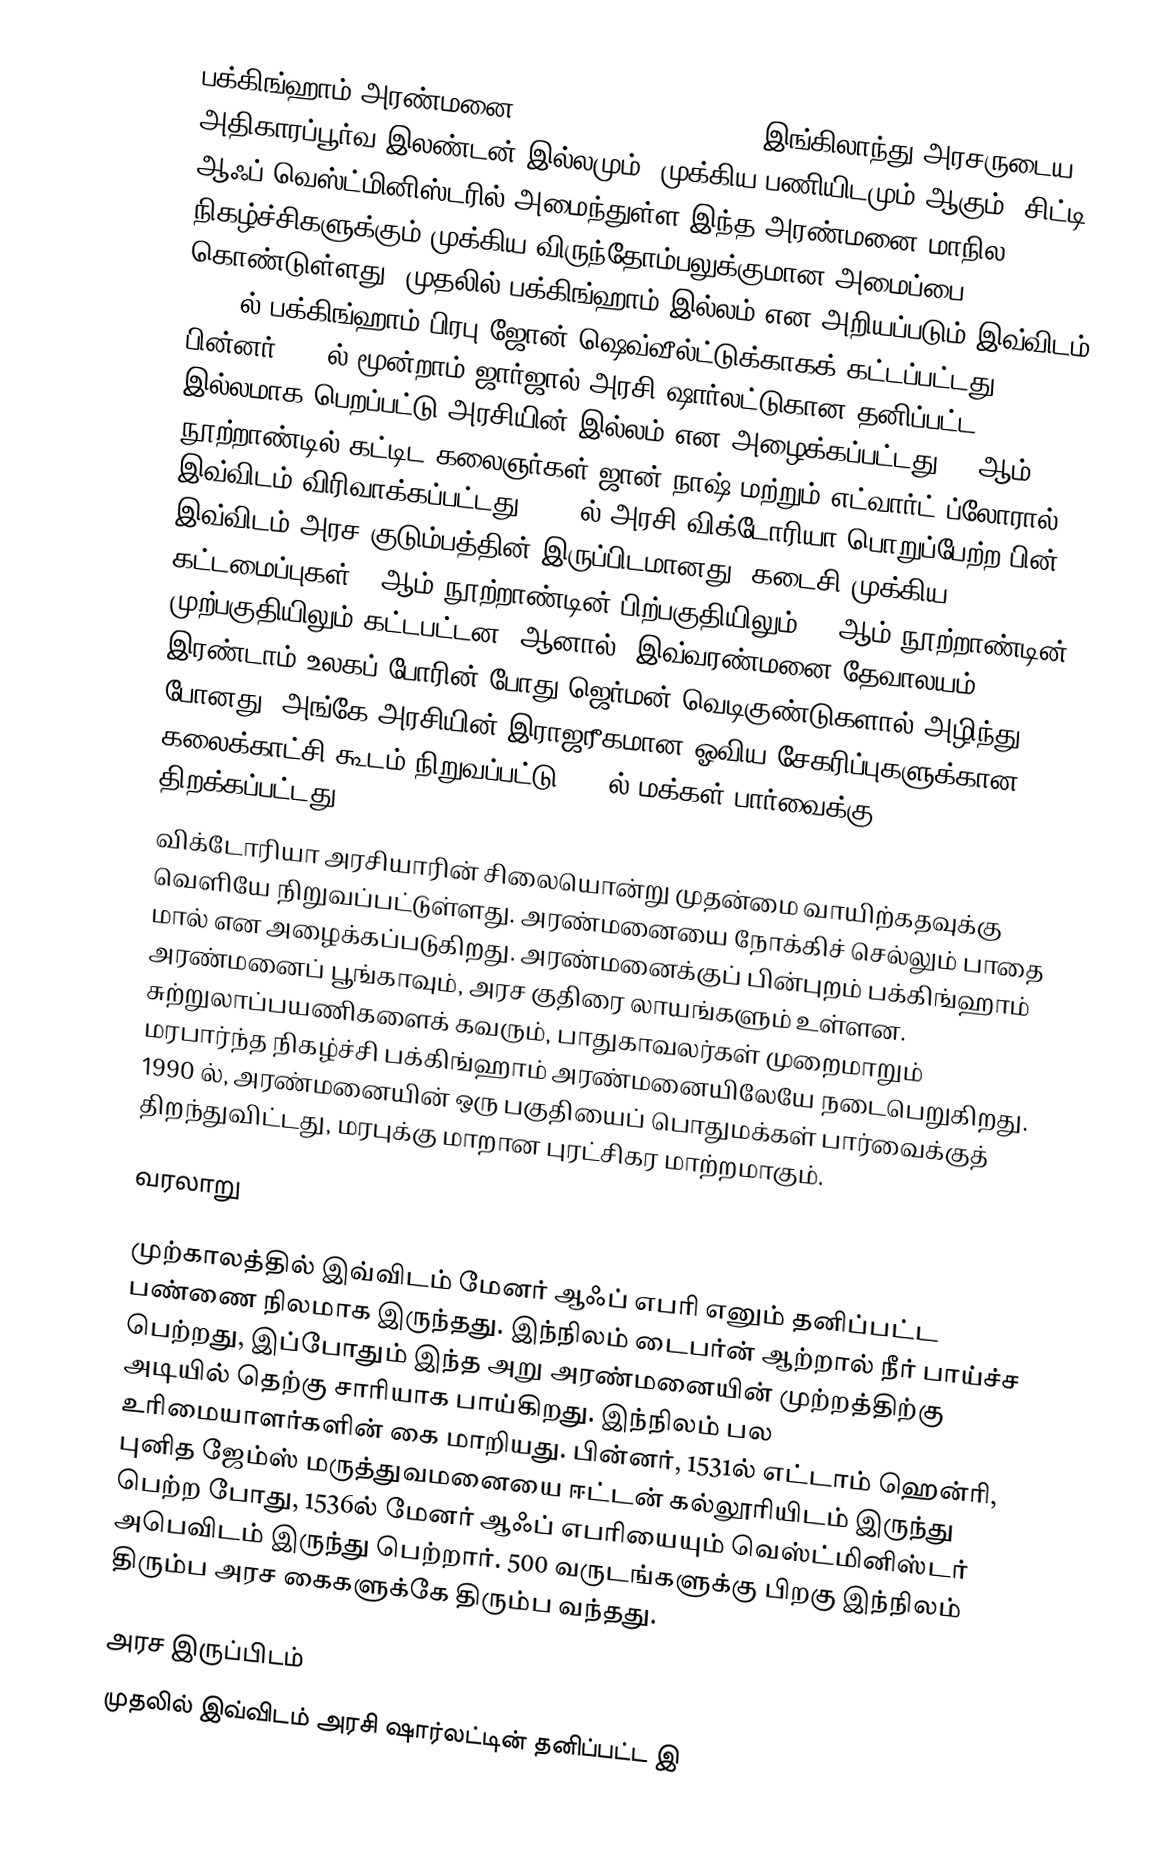
பக்கிங்ஹாம் அரண்மனை (Buckingham Palace ()) இங்கிலாந்து அரசருடைய அதிகாரப்பூர்வ இலண்டன் இல்லமும், முக்கிய பணியிடமும் ஆகும். சிட்டி ஆஃப் வெஸ்ட்மினிஸ்டரில் அமைந்துள்ள இந்த அரண்மனை மாநில நிகழ்ச்சிகளுக்கும் முக்கிய விருந்தோம்பலுக்குமான அமைப்பை கொண்டுள்ளது. முதலில் பக்கிங்ஹாம் இல்லம் என அறியப்படும் இவ்விடம் 1703 ல் பக்கிங்ஹாம் பிரபு ஜோன் ஷெவ்வீல்ட்டுக்காகக் கட்டப்பட்டது. பின்னர் 1761ல் மூன்றாம் ஜார்ஜால் அரசி ஷார்லட்டுகான தனிப்பட்ட இல்லமாக பெறப்பட்டு அரசியின் இல்லம் என அழைக்கப்பட்டது. 19ஆம் நூற்றாண்டில் கட்டிட கலைஞர்கள் ஜான் நாஷ் மற்றும் எட்வார்ட் ப்லோரால் இவ்விடம் விரிவாக்கப்பட்டது. 1837ல் அரசி விக்டோரியா பொறுப்பேற்ற பின் இவ்விடம் அரச குடும்பத்தின் இருப்பிடமானது. கடைசி முக்கிய கட்டமைப்புகள் 19ஆம் நூற்றாண்டின் பிற்பகுதியிலும், 20ஆம் நூற்றாண்டின் முற்பகுதியிலும் கட்டபட்டன. ஆனால், இவ்வரண்மனை தேவாலயம், இரண்டாம் உலகப் போரின் போது ஜெர்மன் வெடிகுண்டுகளால் அழிந்து போனது; அங்கே அரசியின் இராஜரீகமான ஓவிய சேகரிப்புகளுக்கான கலைக்காட்சி கூடம் நிறுவப்பட்டு 1962ல் மக்கள் பார்வைக்கு திறக்கப்பட்டது.
விக்டோரியா அரசியாரின் சிலையொன்று முதன்மை வாயிற்கதவுக்கு வெளியே நிறுவப்பட்டுள்ளது. அரண்மனையை நோக்கிச் செல்லும் பாதை மால் என அழைக்கப்படுகிறது. அரண்மனைக்குப் பின்புறம் பக்கிங்ஹாம் அரண்மனைப் பூங்காவும், அரச குதிரை லாயங்களும் உள்ளன. சுற்றுலாப்பயணிகளைக் கவரும், பாதுகாவலர்கள் முறைமாறும் மரபார்ந்த நிகழ்ச்சி பக்கிங்ஹாம் அரண்மனையிலேயே நடைபெறுகிறது. 1990 ல், அரண்மனையின் ஒரு பகுதியைப் பொதுமக்கள் பார்வைக்குத் திறந்துவிட்டது, மரபுக்கு மாறான புரட்சிகர மாற்றமாகும்.

வரலாறு

முற்காலத்தில் இவ்விடம் மேனர் ஆஃப் எபரி எனும் தனிப்பட்ட பண்ணை நிலமாக இருந்தது. இந்நிலம் டைபர்ன் ஆற்றால் நீர் பாய்ச்ச பெற்றது, இப்போதும் இந்த அறு அரண்மனையின் முற்றத்திற்கு அடியில் தெற்கு சாரியாக பாய்கிறது. இந்நிலம் பல உரிமையாளர்களின் கை மாறியது. பின்னர், 1531ல் எட்டாம் ஹென்ரி, புனித ஜேம்ஸ் மருத்துவமனையை ஈட்டன் கல்லூரியிடம் இருந்து பெற்ற போது, 1536ல் மேனர் ஆஃப் எபரியையும் வெஸ்ட்மினிஸ்டர் அபெவிடம் இருந்து பெற்றார். 500 வருடங்களுக்கு பிறகு இந்நிலம் திரும்ப அரச கைகளுக்கே திரும்ப வந்தது.

அரச இருப்பிடம்
முதலில் இவ்விடம் அரசி ஷார்லட்டின் தனிப்பட்ட இ